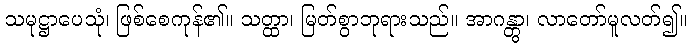
သမုဋ္ဌာပေသုံ၊ ဖြစ်စေကုန်၏။ သတ္ထာ၊ မြတ်စွာဘုရားသည်။ အာဂန္တွာ၊ လာတော်မူလတ်၍။